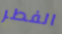
الفطر